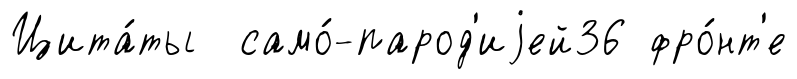
Цита́ты само́-парод'иjей36 фро́нт'е